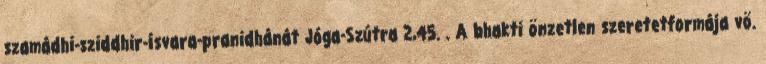
szamádhi-sziddhir-ísvara-pranidhánát Jóga-Szútra 2,45. . A bhakti önzetlen szeretetformája vö.